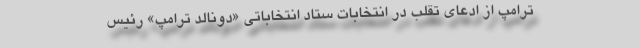
ترامپ از ادعای تقلب در انتخابات ستاد انتخاباتی «دونالد ترامپ» رئیس